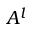
A ^ { l }